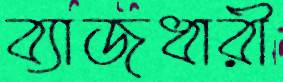
ব্যাজধারী